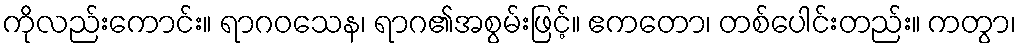
ကိုလည်းကောင်း။ ရာဂဝသေန၊ ရာဂ၏အစွမ်းဖြင့်။ ဧကတော၊ တစ်ပေါင်းတည်း။ ကတွာ၊